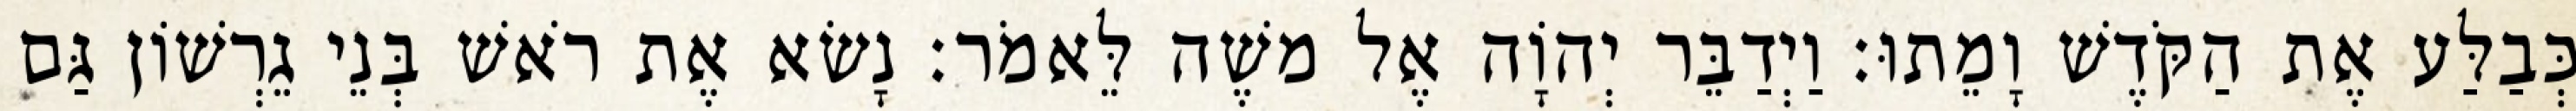
כְּבַלַּע אֶת הַקֹּדֶשׁ וָמֵתוּ׃ וַיְדַבֵּר יְהוָֹה אֶל משֶׁה לֵּאמֹר׃ נָשׂא אֶת רֹאשׁ בְּנֵי גֵרְשׁוֹן גַּם